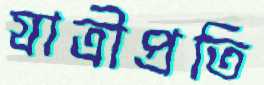
যাত্রীপ্রতি